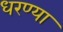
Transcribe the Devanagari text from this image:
धरण्या